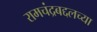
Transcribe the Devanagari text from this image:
रामचंद्रबद्दलच्या